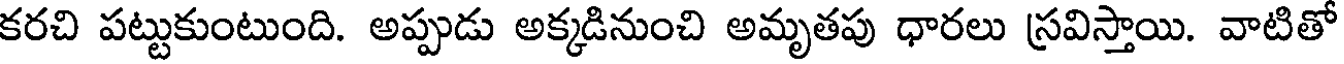
కరచి పట్టుకుంటుంది. అప్పుడు అక్కడినుంచి అమృతపు ధారలు స్రవిస్తాయి. వాటితో